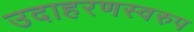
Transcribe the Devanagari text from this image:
उदाहरणस्‍वरुप